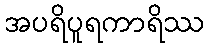
အပရိပူရကာရိဿ